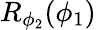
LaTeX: R_{\phi_{2}}(\phi_{1})